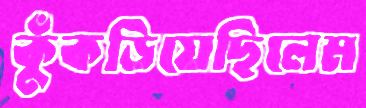
কুঁকড়িয়েছিলেম